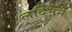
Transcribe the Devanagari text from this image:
लादेनने